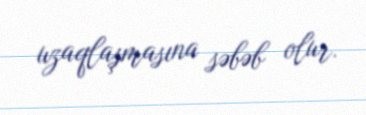
uzaqlaşmasına səbəb olur.